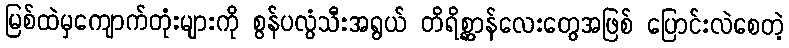
မြစ်ထဲမှကျောက်တုံးများကို စွန်ပလွံသီးအရွယ် တိရိစ္ဆာန်လေးတွေအဖြစ် ပြောင်းလဲစေတဲ့